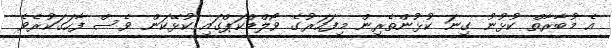
އެ މުބާރާތް ކުޅުނު ގިނަ ކުޅުންތެރިން މިފަހަރުގެ ވޯލްޑްކަޕްގައި ކުޅޭކަން ވެސް ފާހަގަކުރެވެ